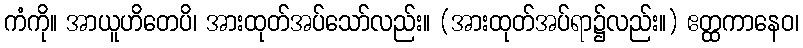
ကံကို။ အာယူဟိတေပိ၊ အားထုတ်အပ်သော်လည်း။ (အားထုတ်အပ်ရာ၌လည်း။) ဧတ္ထကာနေဝ၊